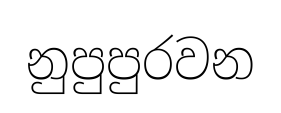
නුපුපුරවන